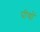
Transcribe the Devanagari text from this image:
पीयों